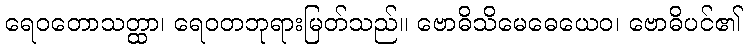
ရေဝတောသတ္ထာ၊ ရေဝတဘုရားမြတ်သည်။ ဗောဓိသိမေဓေယေဝ၊ ဗောဓိပင်၏